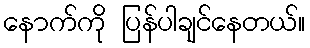
နောက်ကို ပြန်ပါချင်နေတယ်။